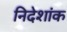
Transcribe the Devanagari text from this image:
निदेशांक